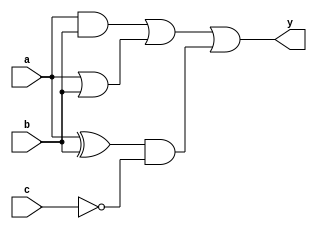
module Complex_logic_gate(
    input a,
    input b,
    input c,
    output y
);

wire w1, w2, w3, w4, w5;

and gate1(w1, a, b);
or gate2(w2, a, b);
xor gate3(w3, a, b);
not gate4(w4, c);
and gate5(w5, w3, w4);

or final_gate(y, w1, w2, w5);

endmodule